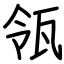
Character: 瓴